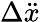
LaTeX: \Delta\ddot{x}